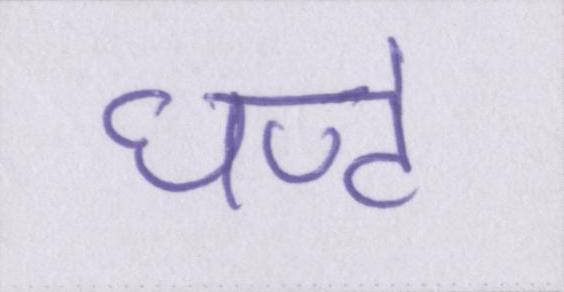
घण्टे